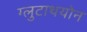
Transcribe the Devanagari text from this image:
ग्लुटाथयोन